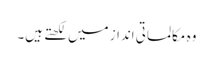
وہ مکالماتی انداز میں لکھتے ہیں۔